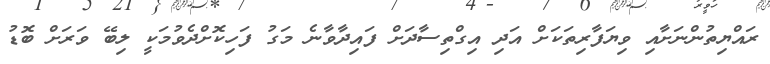
ރައްޔިތުންނަށާއި ވިޔަފާރިތަކަށް އަދި އިގްތިސާދަށް ފައިދާވާނެ މަގު ފަހިކޮށްދެވުމަކީ ލިބޭ ވަރަށް ބޮޑު